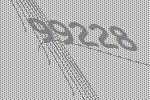
99228